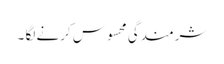
شرمندگی محسوس کرنے لگا ۔